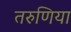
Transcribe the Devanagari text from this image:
तरुणिया